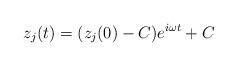
LaTeX: \begin{align*}z_{j}(t)=(z_{j}(0)-C)e^{i\omega t}+C\end{align*}